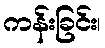
ကန်းခြင်း၊